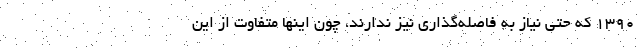
۱۳۹۰ که حتی نیاز به فاصله‌گذاری نیز ندارند، چون اینها متفاوت از این